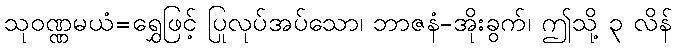
သုဝဏ္ဏမယံ=ရွှေဖြင့် ပြုလုပ်အပ်သော၊ ဘာဇနံ-အိုးခွက်၊ ဤသို့ ၃ လိန်